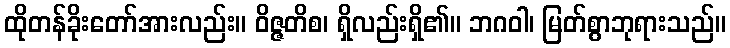
ထိုတန်ခိုးတော်အားလည်း။ ဝိဇ္ဇတိစ၊ ရှိလည်းရှိ၏။ ဘဂဝါ၊ မြတ်စွာဘုရားသည်။